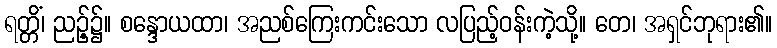
ရတ္တိံ၊ ညဉ့်၌။ စန္ဒောယထာ၊ အညစ်ကြေးကင်းသော လပြည့်ဝန်းကဲ့သို့။ တေ၊ အရှင်ဘုရား၏။